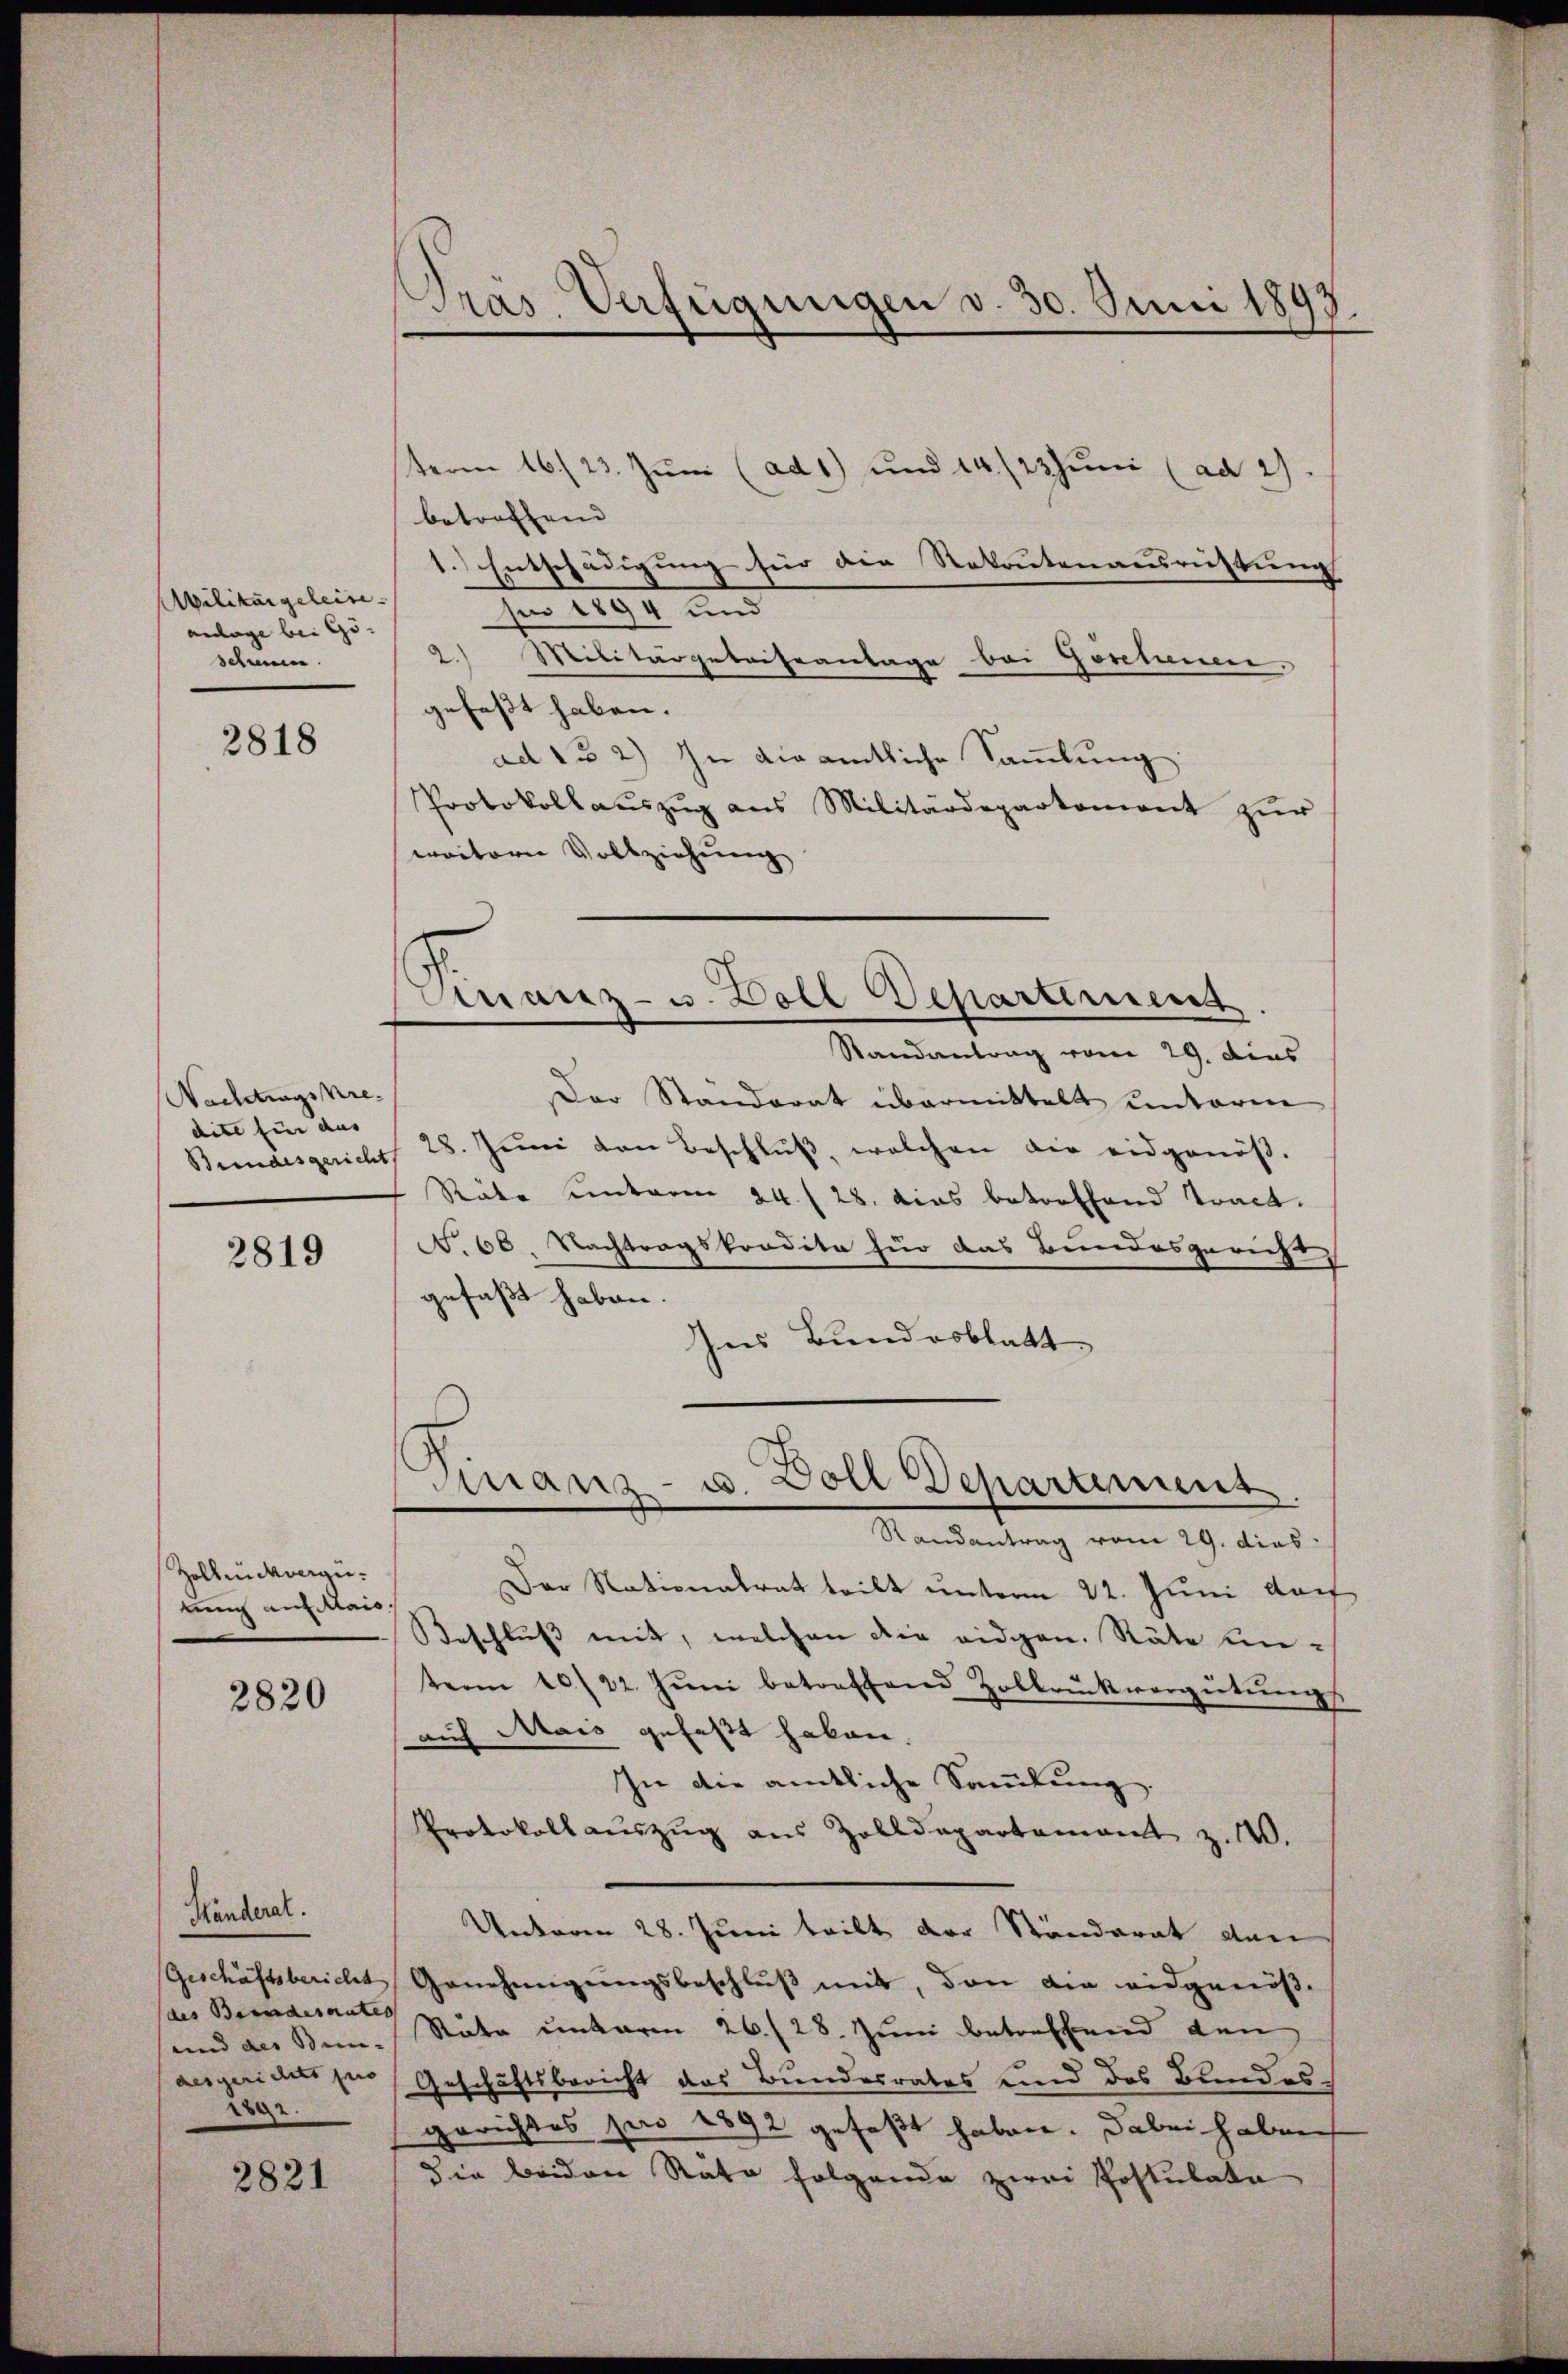
Militargeleise.
anage bei Gö- |
schwein.

2818

Nachtragskredite für aus |

2819

Zollenckvergütung auf Mais.

2820

Händerat.
Geschäftsbericht
(des Beendesantes
und der Stimm- |
desgerichts po
2892.

2821

Präs. Verfügungen v. 30. Juni 1893.

term 16./23. Juni (ad 1) und 14./23 Juni (ad 2.
betreffend
1.) Entschädigung für die Rekrutenausrichtung
für 1294 und
2.) Militärgetriseanlage bei Göschenen.
gefaßt haben.
ad 132) In die amtliche Sammlung:
Protokollauszug aus Militärdepartement zur
weitern Vollziehung

mnanz- u. Doll Departement.

Randantrag vom 29. dies
Der Standorat übermittelt unterm
Bundesgericht 28. Jŭni von Beschlŭβ, welchen die eidgenöβ-
Räte unterm 24. 28. dies betreffend Tract.
No. 66. Nachtragskondita für das Bundesgericht
gefaßt haben.
Ins Bundesblatt

Finanz- u. Doll Departement.

Randantrag vom 29. dies
Der Nationalrat teilt unterm 22. Juni doch
Beschlŭβ mit, welchen die eidgen. Räte einterm 10/22. Jŭni betreffend Zolbrückvergütŭngs
auf Mais gefaßt haben.
In die amtliche Sammlung.
Protokoll auszug aus Zolldepartement z. 140.
Unteren 28. Juni teilt der Ständerat der
Genehmigungsbeschluß mit, den die eidgenöß¬
Stäte unterm 26./28. Juni betreffend den
Geschäftsbericht das Bundesrates und des Bundes¬
Gerichtes pro 1892 gefaßt haben. Dabei haben
die beiden Rata folgende zwei Postulate